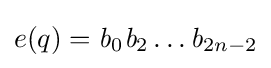
e(q)={\mathit {b}}_{0}{\mathit {b}}_{2}\dots {\mathit {b}}_{2n-2}